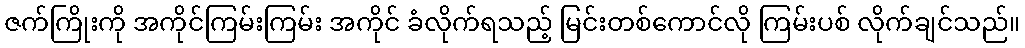
ဇက်ကြိုးကို အကိုင်ကြမ်းကြမ်း အကိုင် ခံလိုက်ရသည့် မြင်းတစ်ကောင်လို ကြမ်းပစ် လိုက်ချင်သည်။